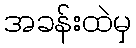
အခန်းထဲမှ